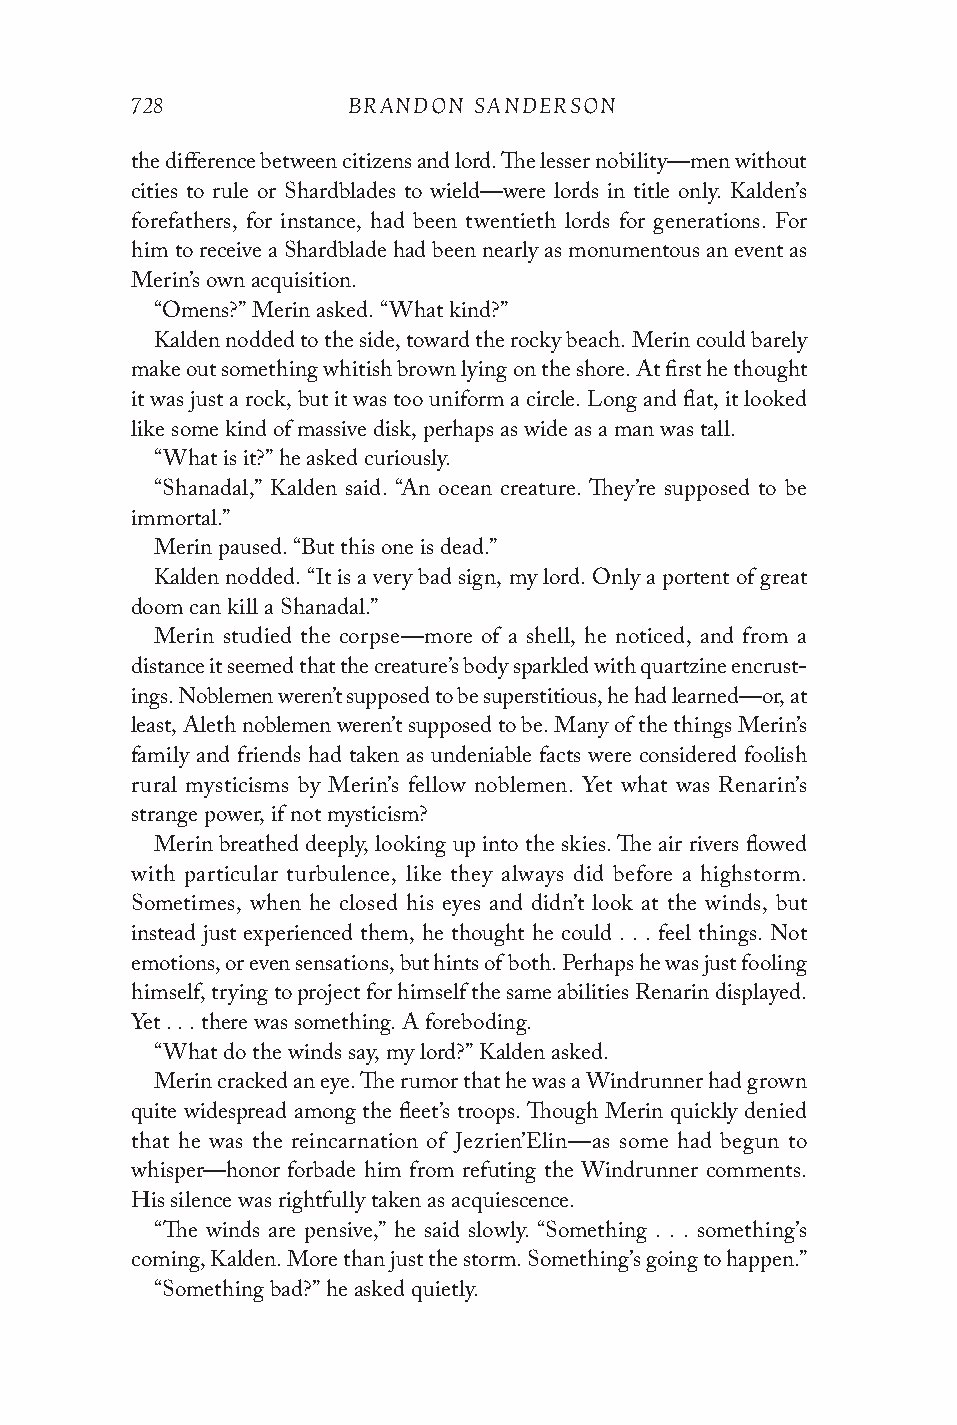
728           BRANDON SANDERSON
 the difference between citizens and lord. The lesser nobility—men without
 cities to rule or Shardblades to wield—were lords in title only. Kalden’s
 forefathers, for instance, had been twentieth lords for generations. For
 him to receive a Shardblade had been nearly as monumentous an event as
 Merin’s own acquisition.
 “Omens?” Merin asked. “What kind?”
 Kalden nodded to the side, toward the rocky beach. Merin could barely
 make out something whitish brown lying on the shore. At first he thought
 it was just a rock, but it was too uniform a circle. Long and flat, it looked
 like some kind of massive disk, perhaps as wide as a man was tall.
 “What is it?” he asked curiously.
 “Shanadal,” Kalden said. “An ocean creature. They’re supposed to be
 immortal.”
 Merin paused. “But this one is dead.”
 Kalden nodded. “It is a very bad sign, my lord. Only a portent of great
 doom can kill a Shanadal.”
 Merin studied the corpse—more of a shell, he noticed, and from a
 distance it seemed that the creature’s body sparkled with quartzine encrust-
 ings. Noblemen weren’t supposed to be superstitious, he had learned—or, at
 least, Aleth noblemen weren’t supposed to be. Many of the things Merin’s
 family and friends had taken as undeniable facts were considered foolish
 rural mysticisms by Merin’s fellow noblemen. Yet what was Renarin’s
 strange power, if not mysticism?
 Merin breathed deeply, looking up into the skies. The air rivers flowed
 with particular turbulence, like they always did before a highstorm.
 Sometimes, when he closed his eyes and didn’t look at the winds, but
 instead just experienced them, he thought he could . . . feel things. Not
 emotions, or even sensations, but hints of both. Perhaps he was just fooling
 himself, trying to project for himself the same abilities Renarin displayed.
 Yet . . . there was something. A foreboding.
 “What do the winds say, my lord?” Kalden asked.
 Merin cracked an eye. The rumor that he was a Windrunner had grown
 quite widespread among the fleet’s troops. Though Merin quickly denied
 that he was the reincarnation of Jezrien’Elin—as some had begun to
 whisper—honor forbade him from refuting the Windrunner comments.
 His silence was rightfully taken as acquiescence.
 “The winds are pensive,” he said slowly. “Something . . . something’s
 coming, Kalden. More than just the storm. Something’s going to happen.”
 “Something bad?” he asked quietly.